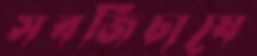
সবজিচাষে